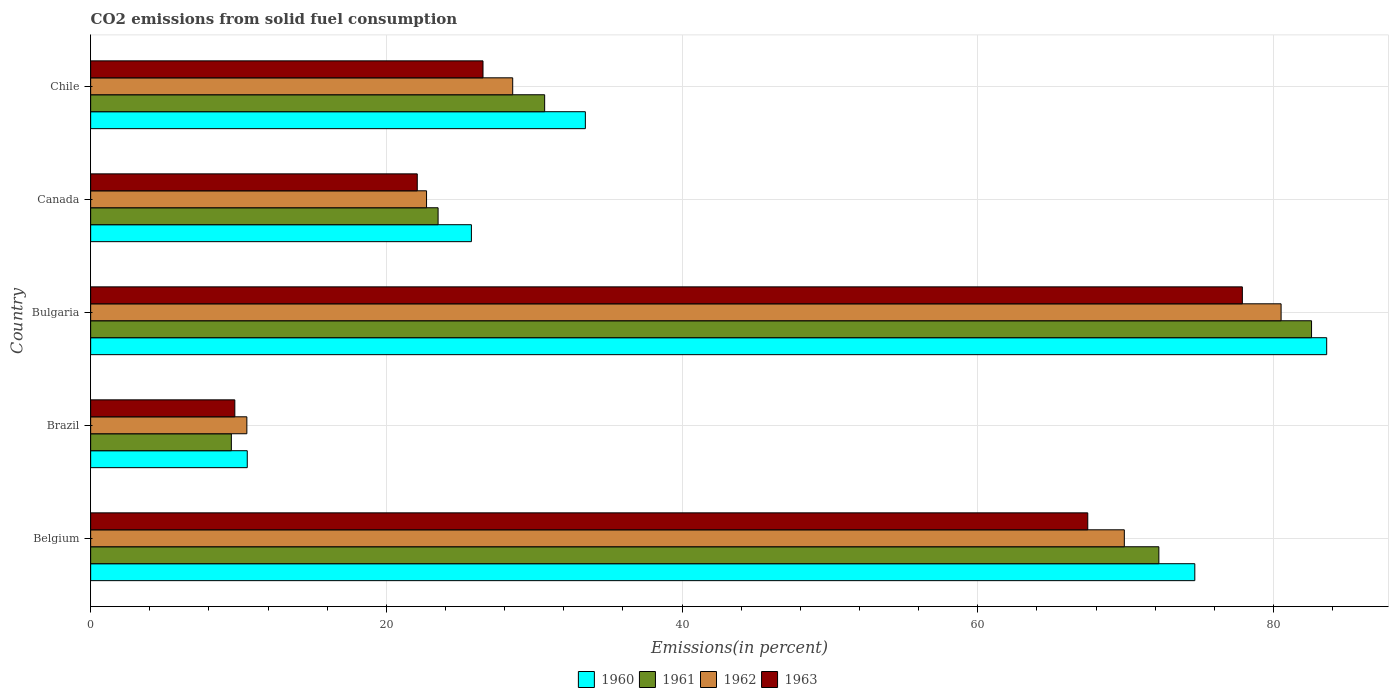
| Country | 1960 | 1961 | 1962 | 1963 |
 | --- | --- | --- | --- | --- |
 | Belgium | 74.7 | 72.3 | 69.9 | 67.4 |
 | Brazil | 10.6 | 9.52 | 10.6 | 9.75 |
 | Bulgaria | 83.6 | 82.6 | 80.5 | 77.9 |
 | Canada | 25.8 | 23.5 | 22.7 | 22.1 |
 | Chile | 33.5 | 30.7 | 28.5 | 26.5 |